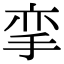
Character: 挛